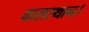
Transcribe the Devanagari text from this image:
वासस्थान।